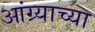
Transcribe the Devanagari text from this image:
आंग्र्याच्या